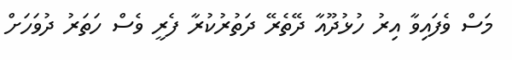
މަސް ވެފައިވާ އިރު ހުޅުދޫއާ ދޭތެރޭ ދަތުރުކުރާ ފެރީ ވެސް ހަތަރު ދުވަހަށް